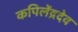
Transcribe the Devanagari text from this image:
कपिलेंद्रदेव